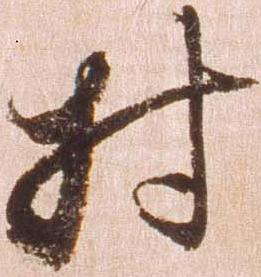
村